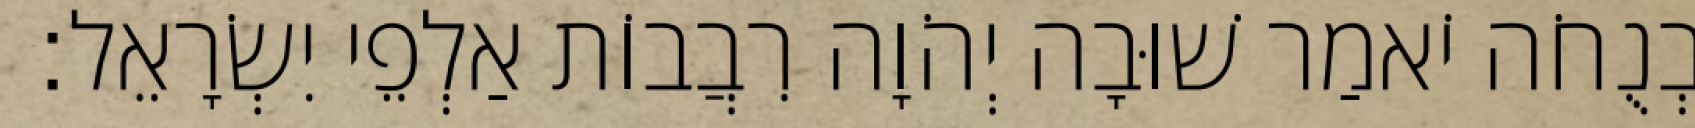
וּבְנֻחֹה יֹאמַר שׁוּבָה יְהֹוָה רִבֲבוֹת אַלְפֵי יִשְׂרָאֵל׃